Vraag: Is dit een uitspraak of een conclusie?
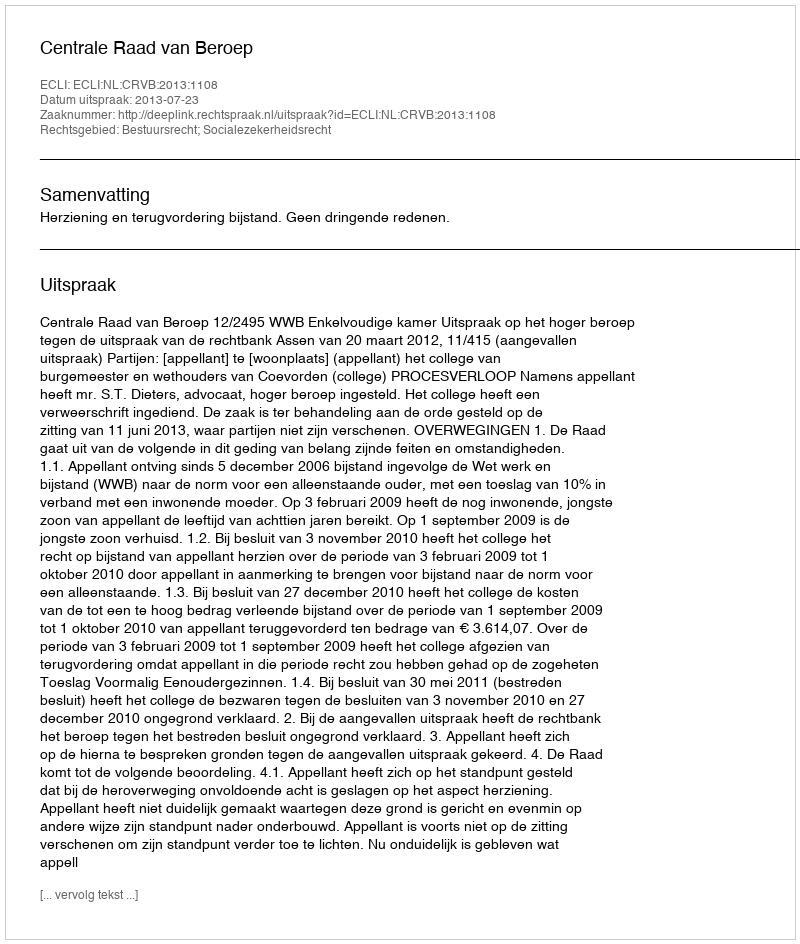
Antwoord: Uitspraak